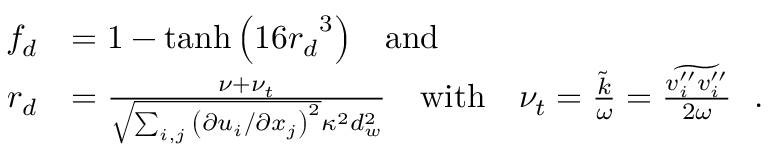
\begin{array} { r l } { f _ { d } } & { = 1 - \operatorname { t a n h } { \left( { 1 6 r _ { d } } ^ { 3 } \right) } \ \ \ \mathrm { a n d } } \\ { r _ { d } } & { = \frac { \nu + \nu _ { t } } { \sqrt { \sum _ { i , j } { \left( \partial u _ { i } / \partial x _ { j } \right) } ^ { 2 } } \kappa ^ { 2 } d _ { w } ^ { 2 } } \ \ \ \mathrm { w i t h } \ \ \ \nu _ { t } = \frac { \Tilde { k } } { \omega } = \frac { \widetilde { v _ { i } ^ { \prime \prime } v _ { i } ^ { \prime \prime } } } { 2 \omega } \ \ . } \end{array}